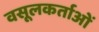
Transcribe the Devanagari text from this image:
वसूलकर्ताओं